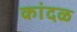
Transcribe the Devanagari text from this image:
कांदळ